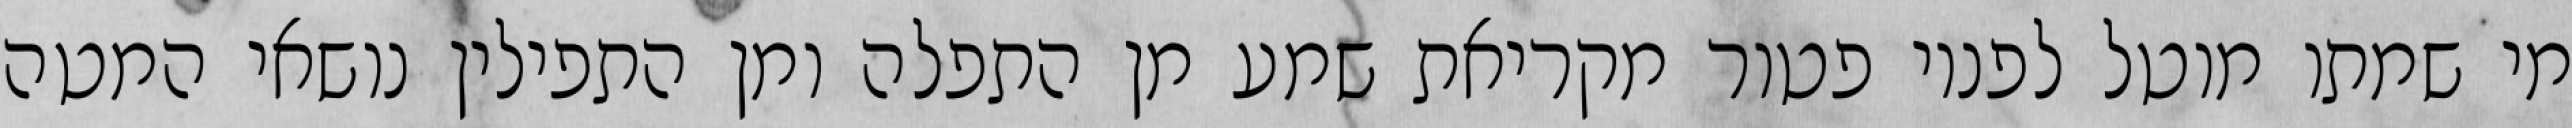
מי שמתו מוטל לפניו פטור מקריאת שמע מן התפלה ומן התפילין נושאי המטה